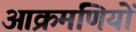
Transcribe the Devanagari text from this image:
आक्रमणियों